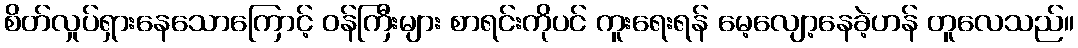
စိတ်လှုပ်ရှားနေသောကြောင့် ဝန်ကြီးများ စာရင်းကိုပင် ကူးရေးရန် မေ့လျော့နေခဲ့ဟန် တူလေသည်။